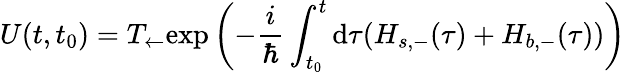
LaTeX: U(t,t_{0})=T_{\leftarrow}\mathrm{exp}\left(-\frac{i}{\hbar}\int_{t_{0}}^{t}\mathrm{d}\tau(H_{s,-}(\tau)+H_{b,-}(\tau))\right)